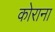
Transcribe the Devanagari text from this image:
कोराना